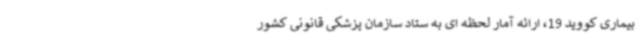
بیماری کووید 19، ارائه آمار لحظه ای به ستاد سازمان پزشکی قانونی کشور